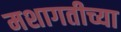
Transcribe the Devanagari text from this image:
मशागतीच्या